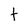
Character: t